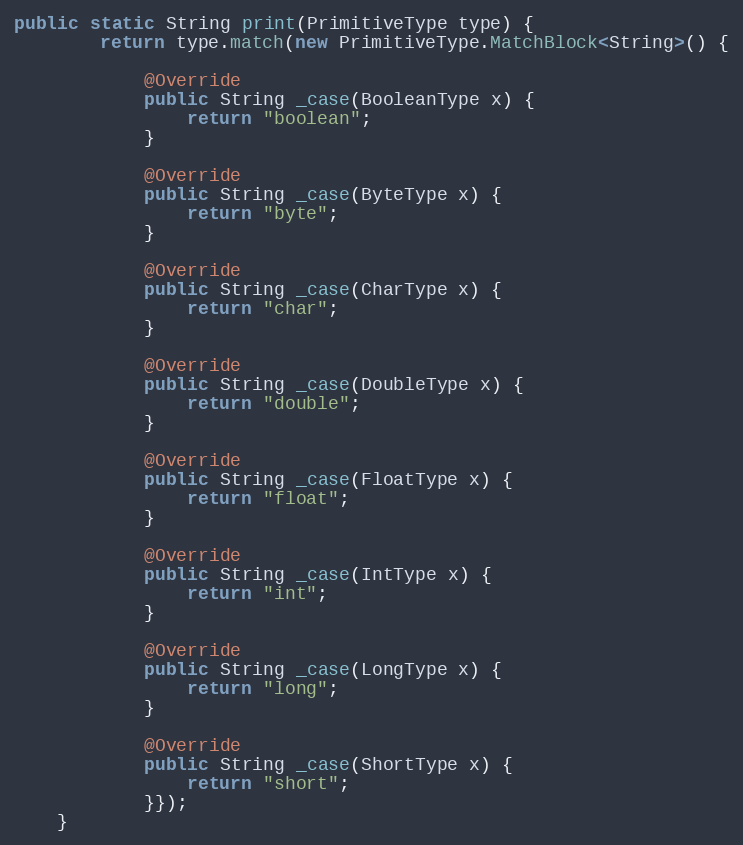
Language: Java
public static String print(PrimitiveType type) {
        return type.match(new PrimitiveType.MatchBlock<String>() {

            @Override
            public String _case(BooleanType x) {
                return "boolean";
            }

            @Override
            public String _case(ByteType x) {
                return "byte";
            }

            @Override
            public String _case(CharType x) {
                return "char";
            }

            @Override
            public String _case(DoubleType x) {
                return "double";
            }

            @Override
            public String _case(FloatType x) {
                return "float";
            }

            @Override
            public String _case(IntType x) {
                return "int";
            }

            @Override
            public String _case(LongType x) {
                return "long";
            }

            @Override
            public String _case(ShortType x) {
                return "short";
            }});
    }